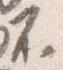
不